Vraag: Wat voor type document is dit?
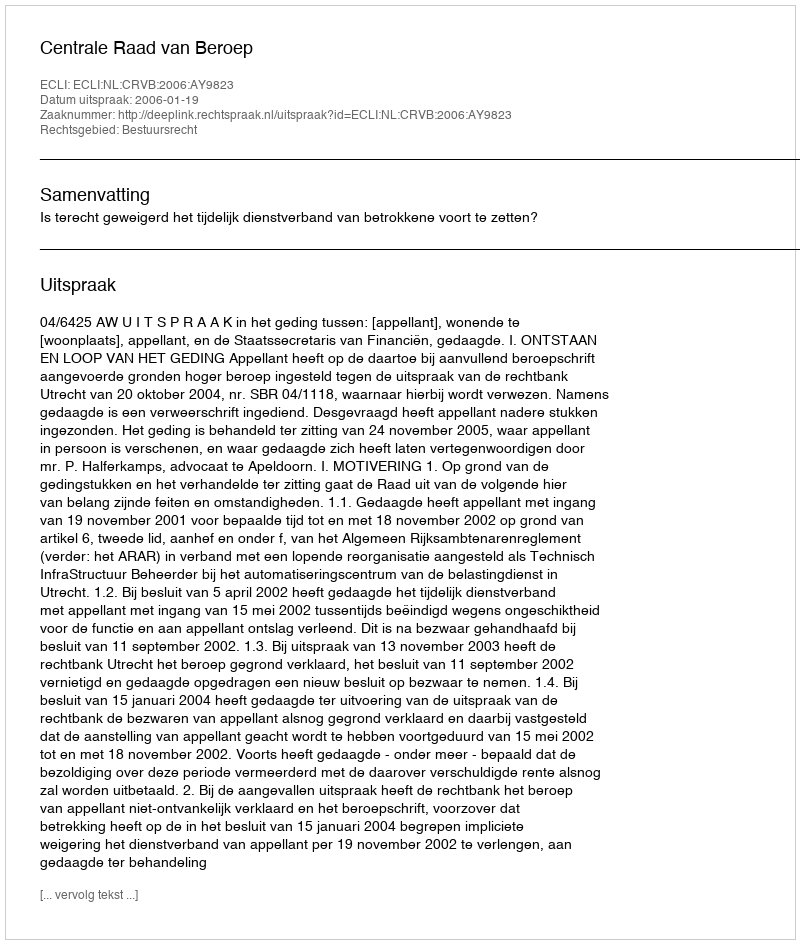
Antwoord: Uitspraak